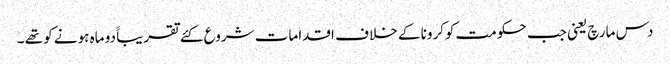
دس مارچ یعنی جب حکومت کوکرونا کے خلا ف اقدامات شروع کئے تقریباََ دو ماہ ہونے کو تھے ۔